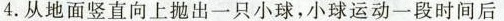
4.从地面竖直向上抛出一只小球，小球运动一段时间后